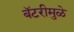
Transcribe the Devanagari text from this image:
बॅटरीमुळे